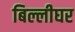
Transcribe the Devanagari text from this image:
बिल्लीघर